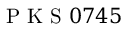
\mathrm { ~ P ~ K ~ S ~ } 0 7 4 5